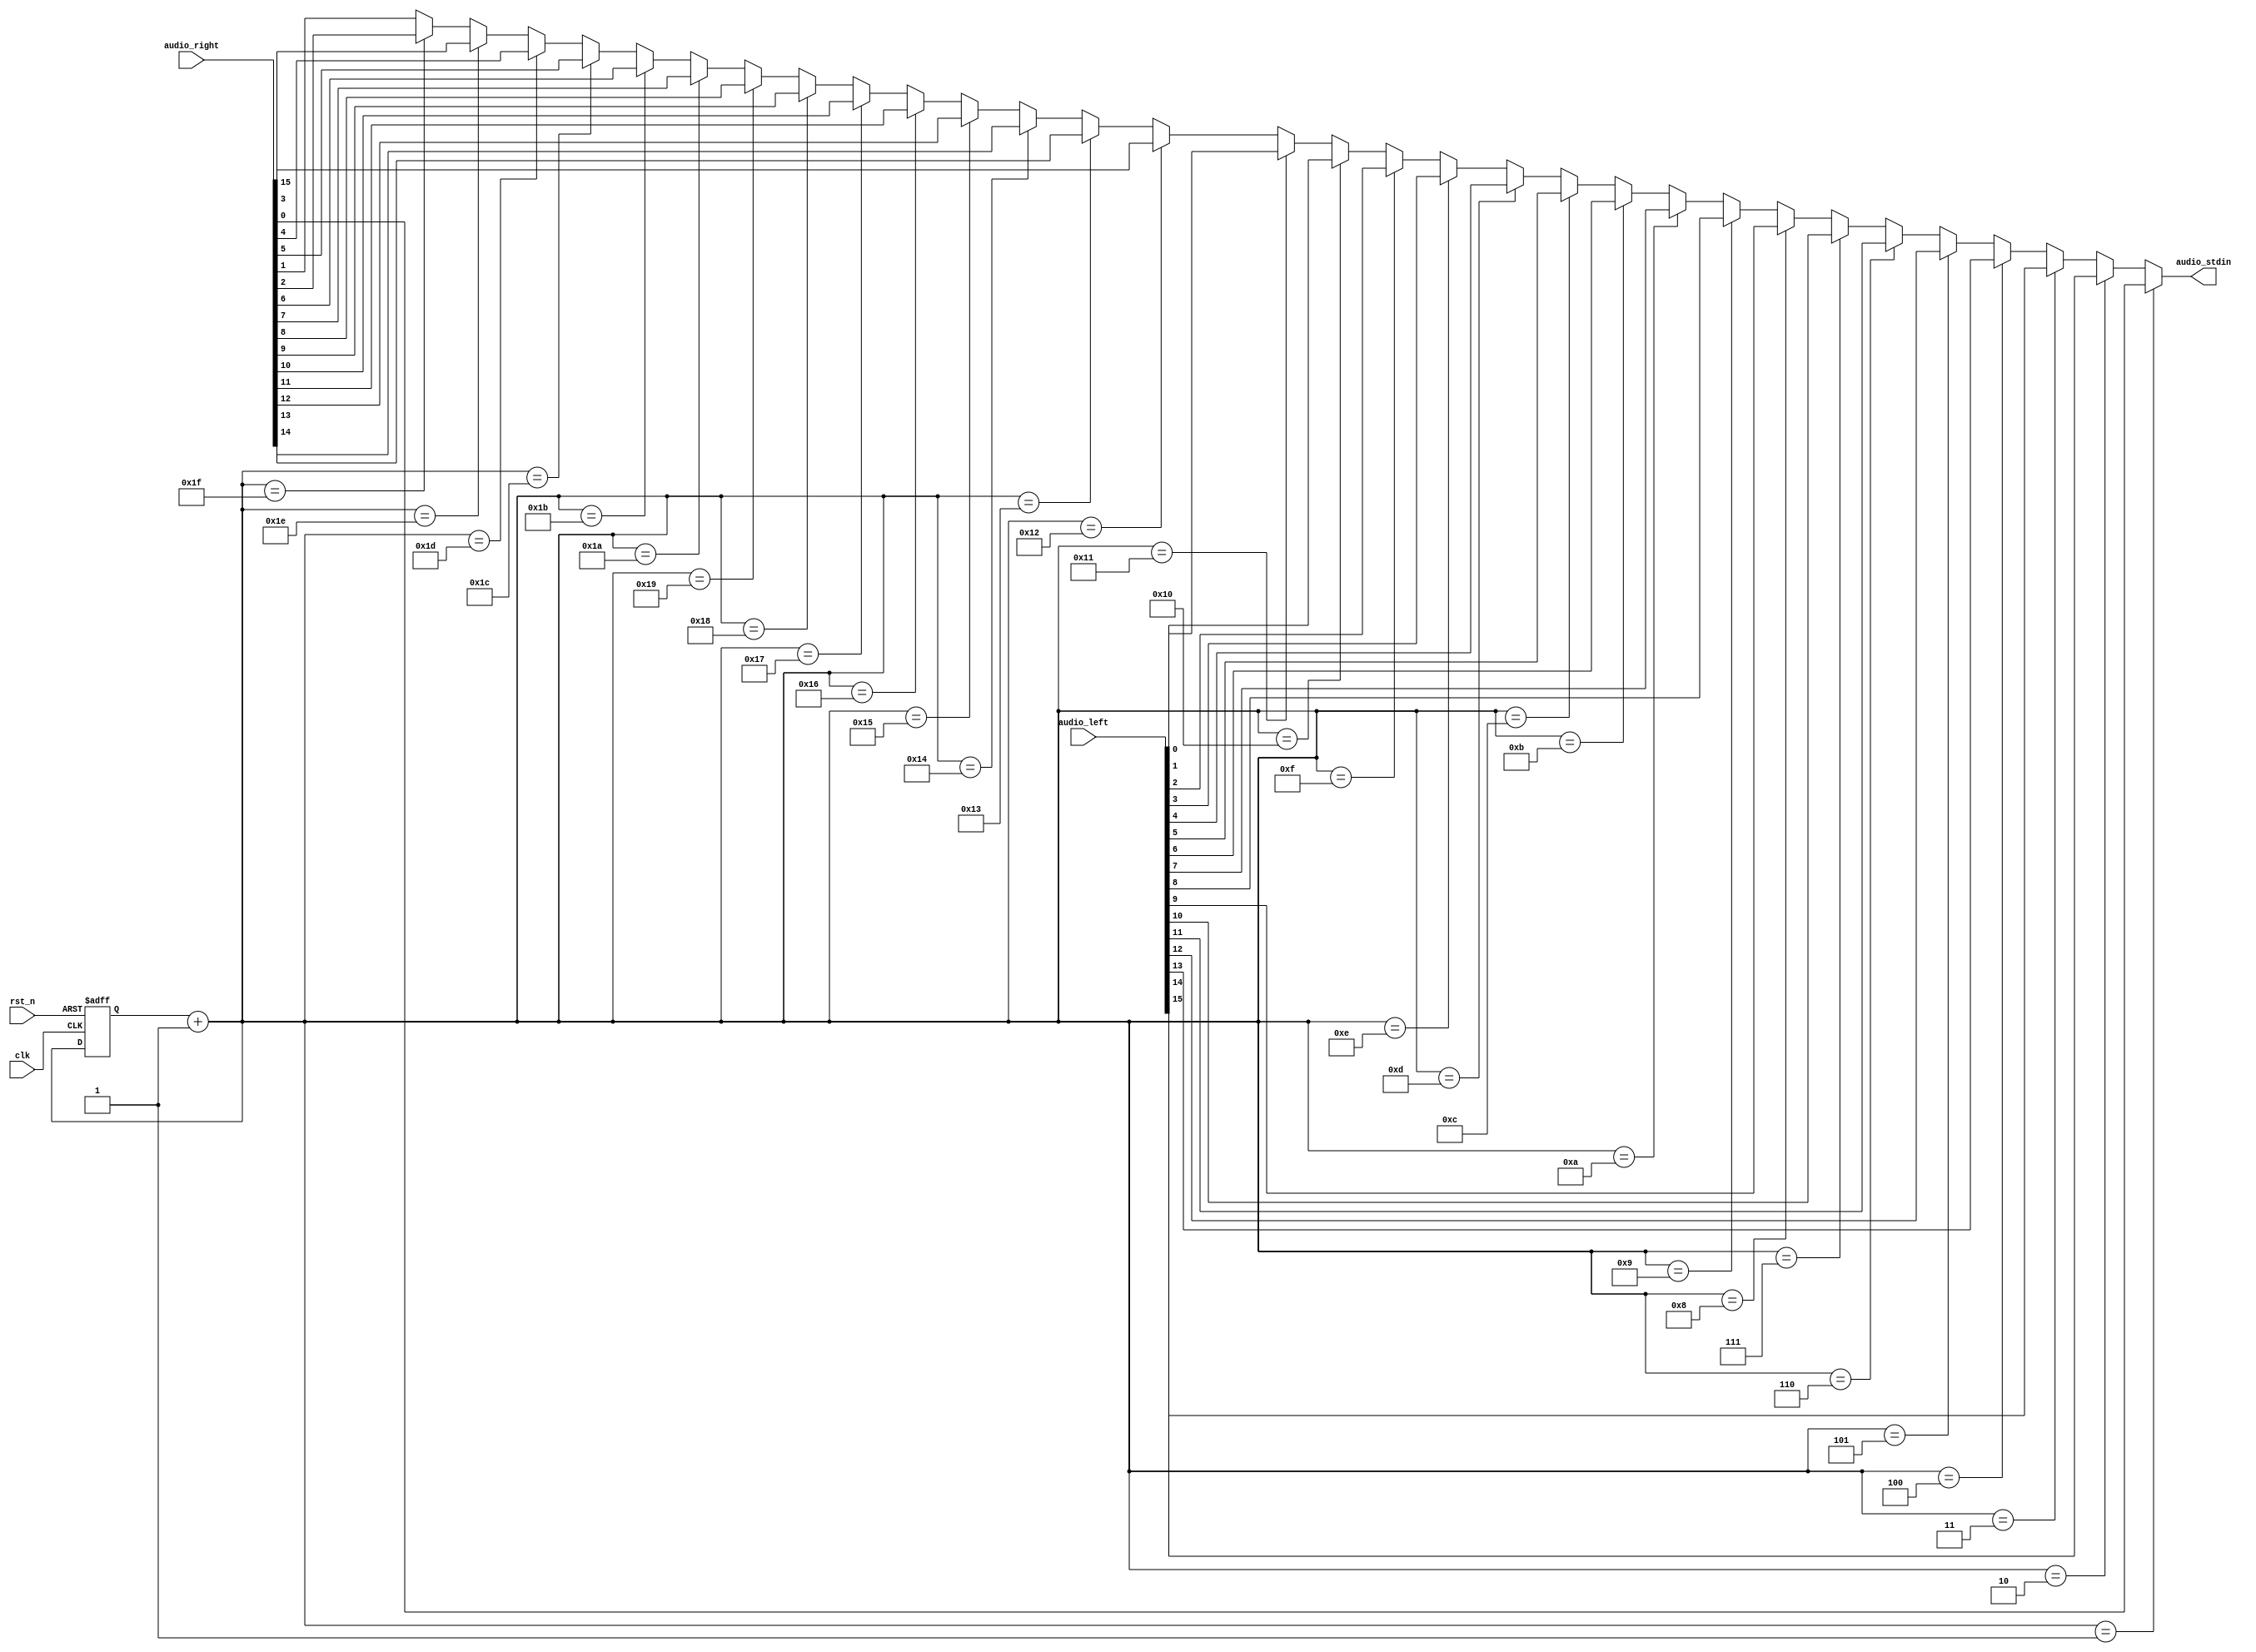
`timescale 1ns / 1ps

module parallel_to_serial(
    audio_stdin,
    audio_left,
    audio_right,
    clk,
    rst_n
);
output audio_stdin;
input [15:0] audio_left, audio_right;
input clk, rst_n;
reg audio_stdin;
reg [4:0] value, value_tmp;

always @*
    if (value_tmp == 5'd1)
        audio_stdin = audio_right[0];
    else if (value_tmp == 5'd2)
        audio_stdin = audio_left[15];
    else if (value_tmp == 5'd3)
        audio_stdin = audio_left[14];
    else if (value_tmp == 5'd4)
        audio_stdin = audio_left[13];
    else if (value_tmp == 5'd5)
        audio_stdin = audio_left[12];        
    else if (value_tmp == 5'd6)
        audio_stdin = audio_left[11];
    else if (value_tmp == 5'd7)
        audio_stdin = audio_left[10];        
    else if (value_tmp == 5'd8)
        audio_stdin = audio_left[9];
    else if (value_tmp == 5'd9)
        audio_stdin = audio_left[8];
    else if (value_tmp == 5'd10)
        audio_stdin = audio_left[7];
    else if (value_tmp == 5'd11)
        audio_stdin = audio_left[6];        
    else if (value_tmp == 5'd12)
        audio_stdin = audio_left[5];
    else if (value_tmp == 5'd13)
        audio_stdin = audio_left[4]; 
    else if (value_tmp == 5'd14)
        audio_stdin = audio_left[3];
    else if (value_tmp == 5'd15)
        audio_stdin = audio_left[2]; 
    else if (value_tmp == 5'd16)
        audio_stdin = audio_left[1];
    else if (value_tmp == 5'd17)
        audio_stdin = audio_left[0];
    else if (value_tmp == 5'd18)
        audio_stdin = audio_right[15];
    else if (value_tmp == 5'd19)
        audio_stdin = audio_right[14];
    else if (value_tmp == 5'd20)
        audio_stdin = audio_right[13];        
    else if (value_tmp == 5'd21)
        audio_stdin = audio_right[12];
    else if (value_tmp == 5'd22)
        audio_stdin = audio_right[11];        
    else if (value_tmp == 5'd23)
        audio_stdin = audio_right[10];
    else if (value_tmp == 5'd24)
        audio_stdin = audio_right[9];
    else if (value_tmp == 5'd25)
        audio_stdin = audio_right[8];
    else if (value_tmp == 5'd26)
        audio_stdin = audio_right[7];        
    else if (value_tmp == 5'd27)
        audio_stdin = audio_right[6];
    else if (value_tmp == 5'd28)
        audio_stdin = audio_right[5]; 
    else if (value_tmp == 5'd29)
        audio_stdin = audio_right[4];
    else if (value_tmp == 5'd30)
        audio_stdin = audio_right[3]; 
    else if (value_tmp == 5'd31)
        audio_stdin = audio_right[2];
    else
        audio_stdin = audio_right[1]; 

always @*
    value_tmp = value + 5'd1;

always @(negedge clk or negedge rst_n)
    if (~rst_n)
        value <= 5'd0;
    else
        value <= value_tmp;

endmodule